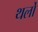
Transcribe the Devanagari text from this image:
थर्लो